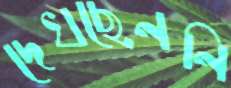
দেখছেননি